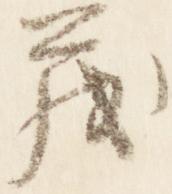
茂